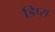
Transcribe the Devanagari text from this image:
डिप्स